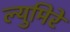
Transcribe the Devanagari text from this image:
ल्युमिरे